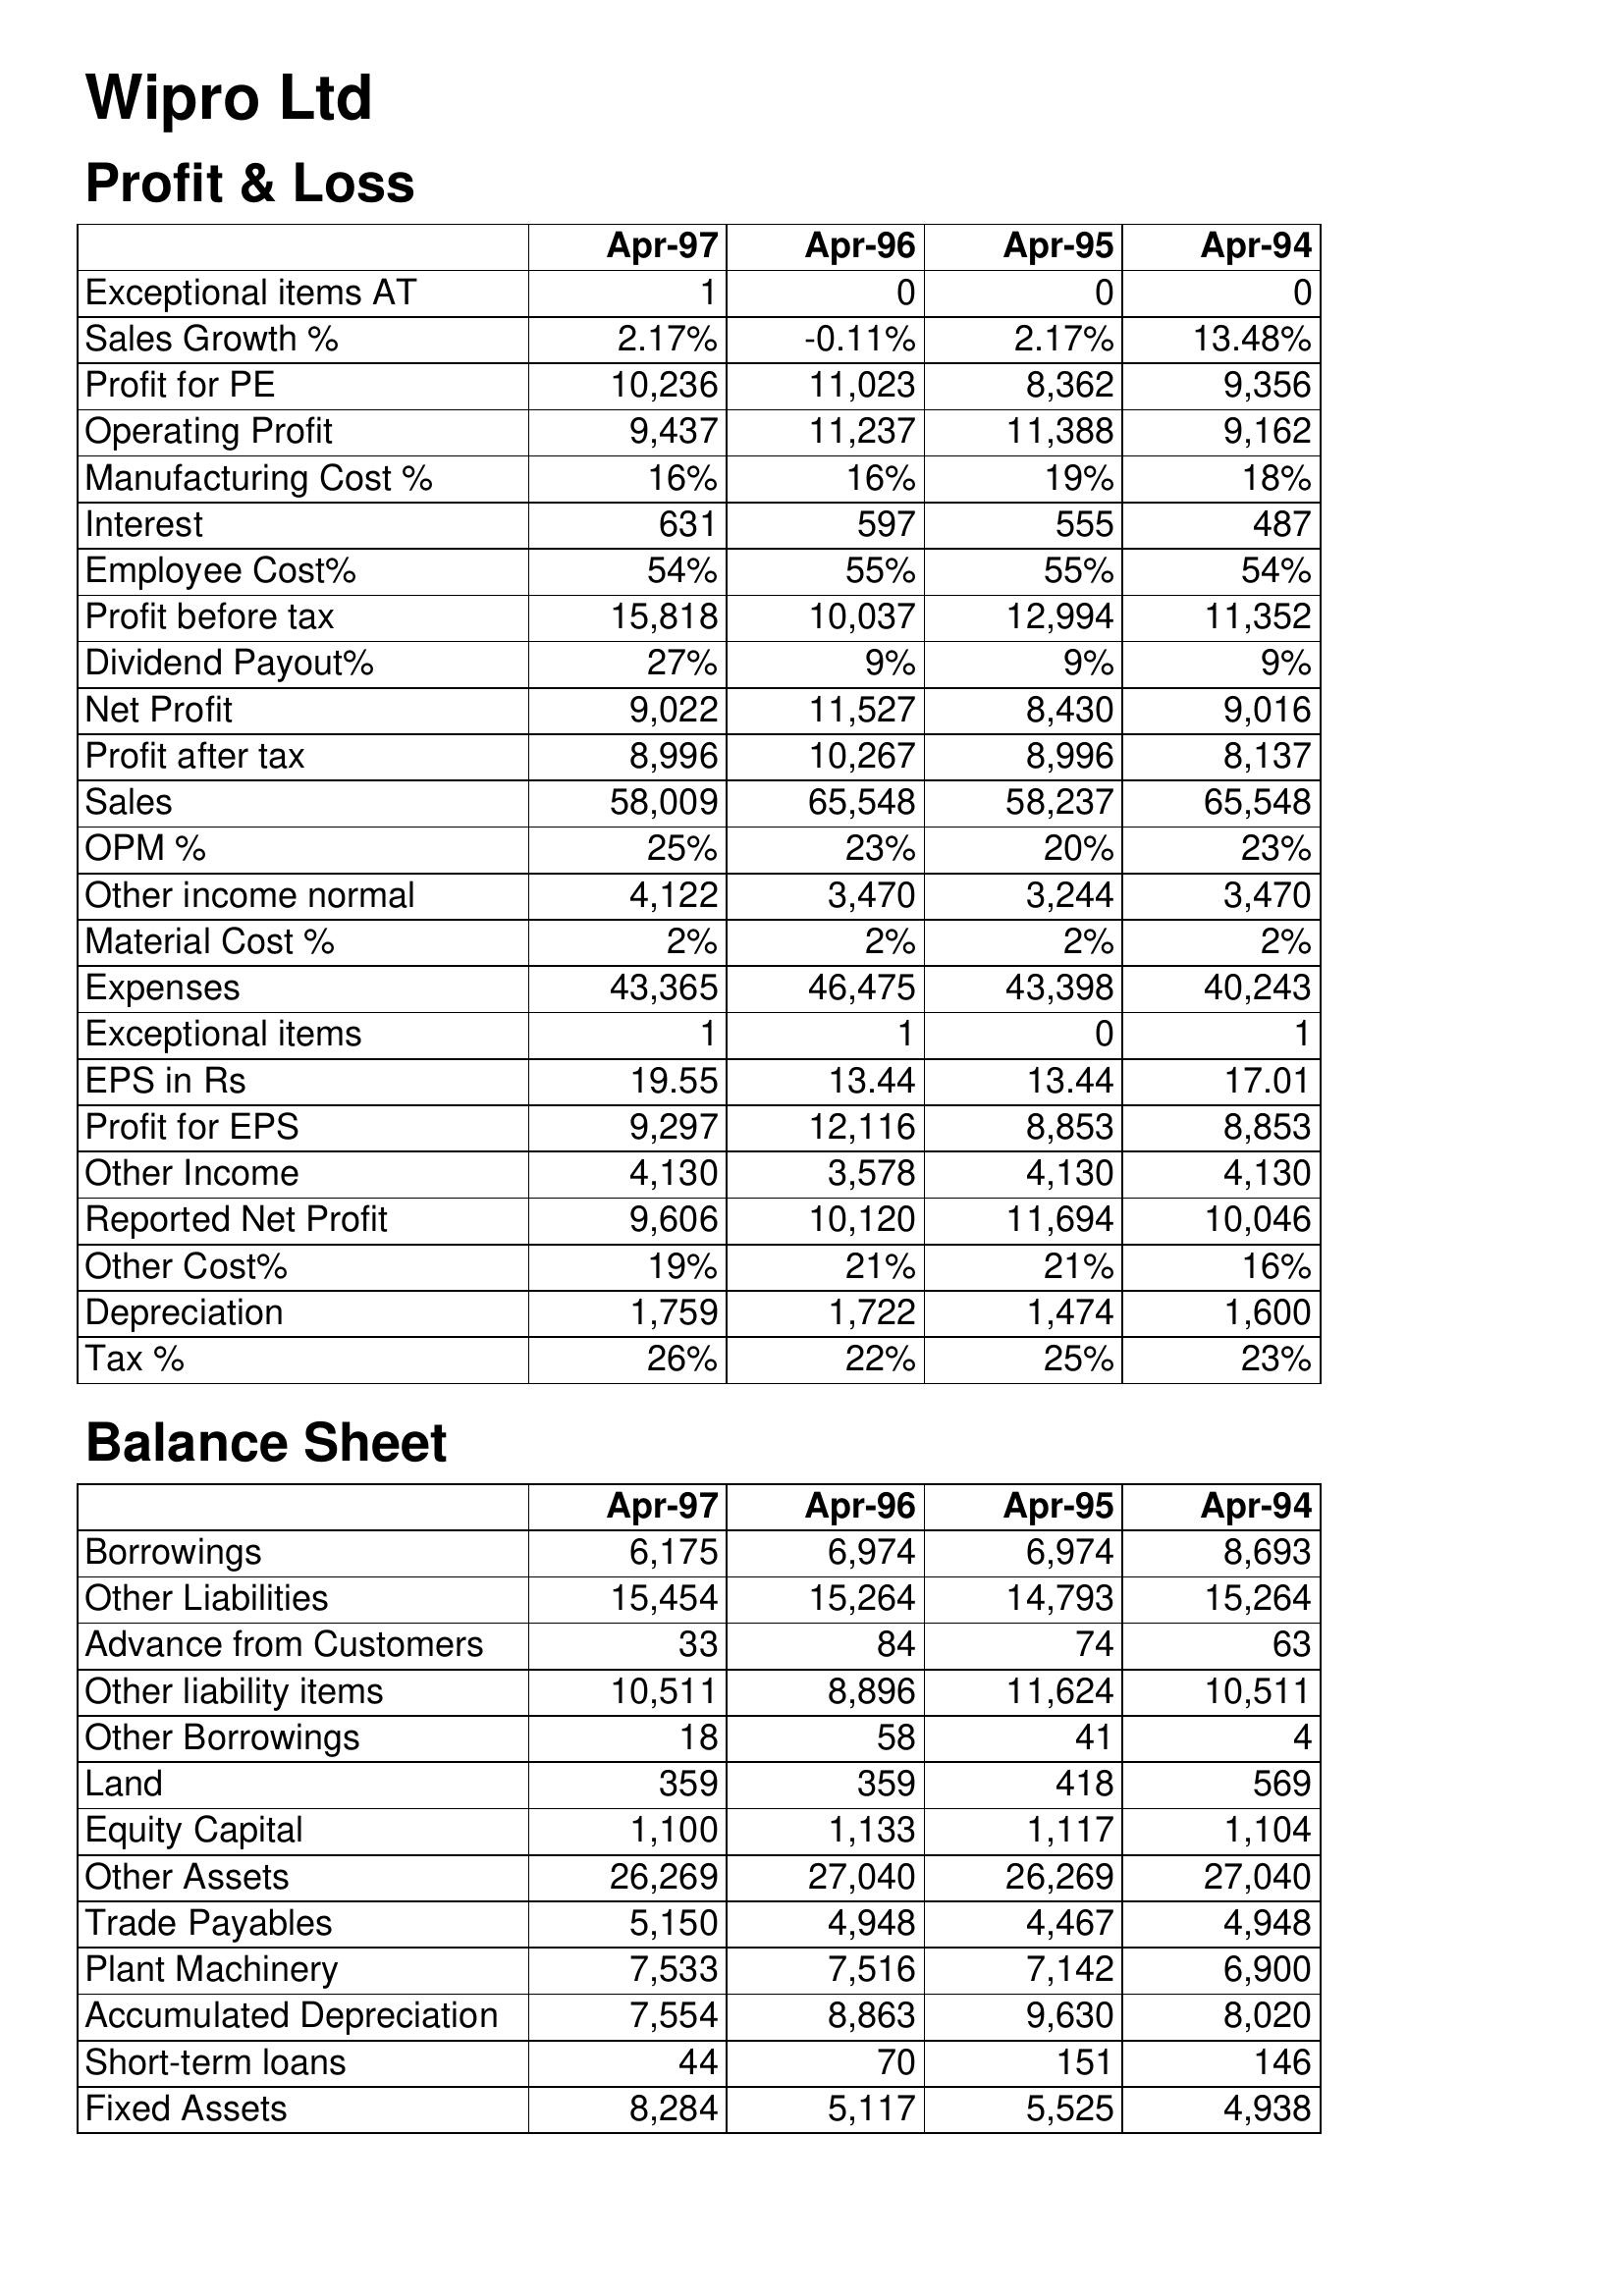
Apr-97: Profit & Loss: Exceptional items AT: 1
Sales Growth %: 2.17%
Profit for PE: 10,236
Operating Profit: 9,437
Manufacturing Cost %: 16%
Interest: 631
Employee Cost%: 54%
Profit before tax: 15,818
Dividend Payout%: 27%
Net Profit: 9,022
Profit after tax: 8,996
Sales: 58,009
OPM %: 25%
Other income normal: 4,122
Material Cost %: 2%
Expenses: 43,365
Exceptional items: 1
EPS in Rs: 19.55
Profit for EPS: 9,297
Other Income: 4,130
Reported Net Profit: 9,606
Other Cost%: 19%
Depreciation: 1,759
Tax %: 26%
Balance Sheet: Borrowings: 6,175
Other Liabilities: 15,454
Advance from Customers: 33
Other liability items: 10,511
Other Borrowings: 18
Land: 359
Equity Capital: 1,100
Other Assets: 26,269
Trade Payables: 5,150
Plant Machinery: 7,533
Accumulated Depreciation: 7,554
Short-term loans: 44
Fixed Assets: 8,284
Apr-96: Profit & Loss: Exceptional items AT: 0
Sales Growth %: -0.11%
Profit for PE: 11,023
Operating Profit: 11,237
Manufacturing Cost %: 16%
Interest: 597
Employee Cost%: 55%
Profit before tax: 10,037
Dividend Payout%: 9%
Net Profit: 11,527
Profit after tax: 10,267
Sales: 65,548
OPM %: 23%
Other income normal: 3,470
Material Cost %: 2%
Expenses: 46,475
Exceptional items: 1
EPS in Rs: 13.44
Profit for EPS: 12,116
Other Income: 3,578
Reported Net Profit: 10,120
Other Cost%: 21%
Depreciation: 1,722
Tax %: 22%
Balance Sheet: Borrowings: 6,974
Other Liabilities: 15,264
Advance from Customers: 84
Other liability items: 8,896
Other Borrowings: 58
Land: 359
Equity Capital: 1,133
Other Assets: 27,040
Trade Payables: 4,948
Plant Machinery: 7,516
Accumulated Depreciation: 8,863
Short-term loans: 70
Fixed Assets: 5,117
Apr-95: Profit & Loss: Exceptional items AT: 0
Sales Growth %: 2.17%
Profit for PE: 8,362
Operating Profit: 11,388
Manufacturing Cost %: 19%
Interest: 555
Employee Cost%: 55%
Profit before tax: 12,994
Dividend Payout%: 9%
Net Profit: 8,430
Profit after tax: 8,996
Sales: 58,237
OPM %: 20%
Other income normal: 3,244
Material Cost %: 2%
Expenses: 43,398
Exceptional items: 0
EPS in Rs: 13.44
Profit for EPS: 8,853
Other Income: 4,130
Reported Net Profit: 11,694
Other Cost%: 21%
Depreciation: 1,474
Tax %: 25%
Balance Sheet: Borrowings: 6,974
Other Liabilities: 14,793
Advance from Customers: 74
Other liability items: 11,624
Other Borrowings: 41
Land: 418
Equity Capital: 1,117
Other Assets: 26,269
Trade Payables: 4,467
Plant Machinery: 7,142
Accumulated Depreciation: 9,630
Short-term loans: 151
Fixed Assets: 5,525
Apr-94: Profit & Loss: Exceptional items AT: 0
Sales Growth %: 13.48%
Profit for PE: 9,356
Operating Profit: 9,162
Manufacturing Cost %: 18%
Interest: 487
Employee Cost%: 54%
Profit before tax: 11,352
Dividend Payout%: 9%
Net Profit: 9,016
Profit after tax: 8,137
Sales: 65,548
OPM %: 23%
Other income normal: 3,470
Material Cost %: 2%
Expenses: 40,243
Exceptional items: 1
EPS in Rs: 17.01
Profit for EPS: 8,853
Other Income: 4,130
Reported Net Profit: 10,046
Other Cost%: 16%
Depreciation: 1,600
Tax %: 23%
Balance Sheet: Borrowings: 8,693
Other Liabilities: 15,264
Advance from Customers: 63
Other liability items: 10,511
Other Borrowings: 4
Land: 569
Equity Capital: 1,104
Other Assets: 27,040
Trade Payables: 4,948
Plant Machinery: 6,900
Accumulated Depreciation: 8,020
Short-term loans: 146
Fixed Assets: 4,938